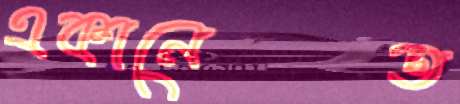
একানেত